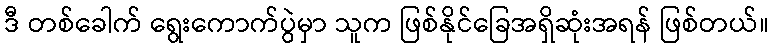
ဒီ တစ်ခေါက် ရွေးကောက်ပွဲမှာ သူက ဖြစ်နိုင်ခြေအရှိဆုံးအရန် ဖြစ်တယ်။